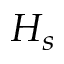
H _ { s }